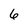
Character: 6